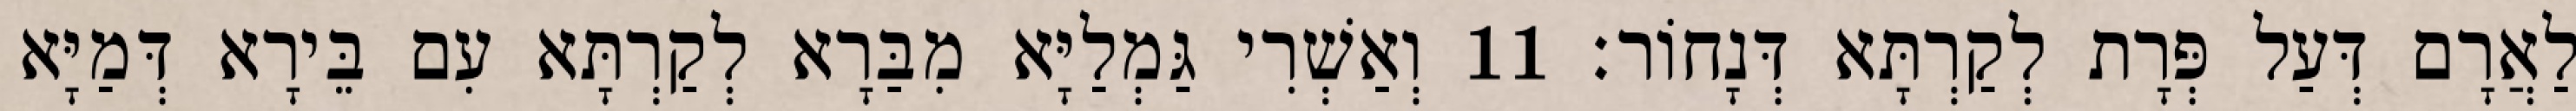
לַאֲרָם דְּעַל פְּרָת לְקַרְתָּא דְּנָחוֹר׃ 11 וְאַשְׁרִי גַּמְלַיָּא מִבַּרָא לְקַרְתָּא עִם בֵּירָא דְּמַיָּא